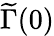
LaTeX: \widetilde\Gamma(0)